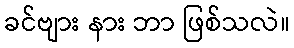
ခင်ဗျား နား ဘာ ဖြစ်သလဲ။